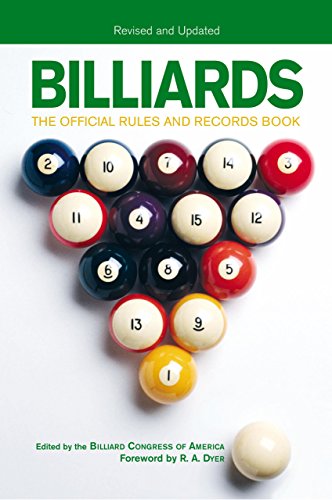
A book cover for Billiards, Revised and Updated: The Official Rules And Records Book; Sports & Outdoors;